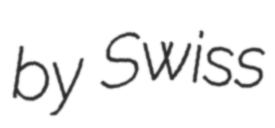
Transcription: by Swiss